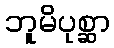
ဘူမိပုစ္ဆာ